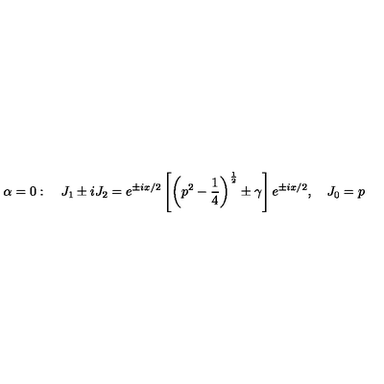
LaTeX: \alpha = 0 : \quad J _ { 1 } \pm i J _ { 2 } = e ^ { \pm i x / 2 } \left[ \left( p ^ { 2 } - \frac 1 4 \right) ^ { \frac 1 2 } \pm \gamma \right] e ^ { \pm i x / 2 } , \quad J _ { 0 } = p